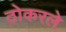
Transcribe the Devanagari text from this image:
ठोकरले